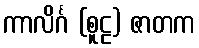
ကာလိင်္ဂ (စူဠ) ဇာတက